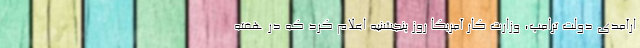
ارآمدی دولت ترامپ، وزارت کار آمریکا روز پنجشنبه اعلام کرد که در هفته